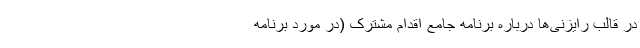
در قالب رایزنی‌ها درباره برنامه جامع اقدام مشترک (در مورد برنامه